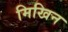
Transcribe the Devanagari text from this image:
मिखिन